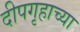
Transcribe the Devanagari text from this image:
दीपगृहाच्या